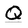
Character: Q